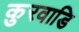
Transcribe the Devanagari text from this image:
कुरवाडि